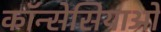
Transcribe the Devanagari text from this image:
कॉन्सेसियाओ